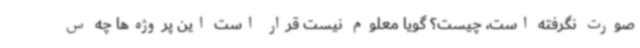
صورت نگرفته است، چیست؟ گویا معلوم نیست قرار است این پروژه‌ها چه س